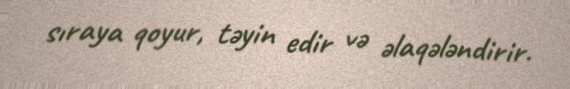
sıraya qoyur, təyin edir və əlaqələndirir.